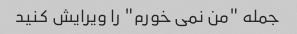
جمله "من نمی خورم" را ویرایش کنید